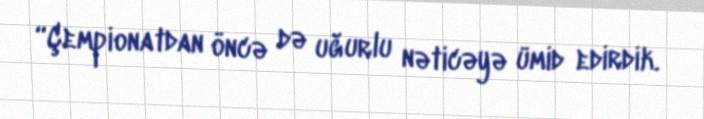
“Çempionatdan öncə də uğurlu nəticəyə ümid edirdik.